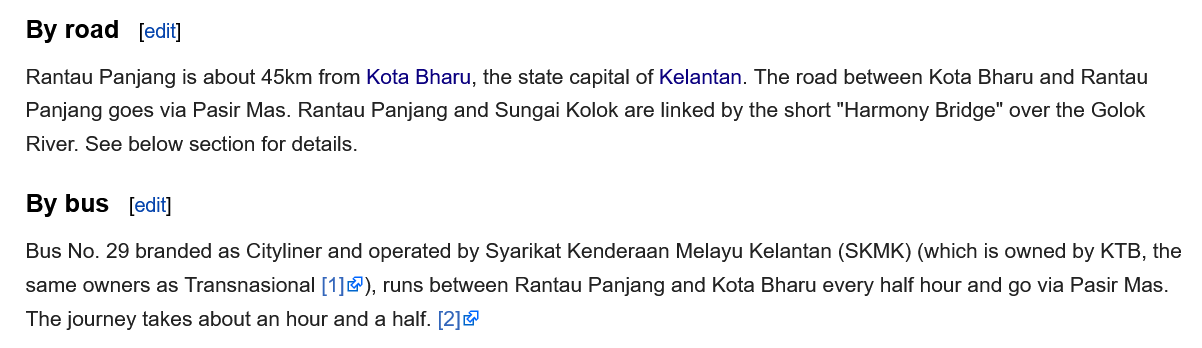
By road
   By bus
     [edit]
     [edit]
   Rantau Panjang is about 45km from Kota Bharu, the state capital of Kelantan. The road between Kota Bharu and Rantau
   Panjang goes via Pasir Mas. Rantau Panjang and Sungai Kolok are linked by the short "Harmony Bridge" over the Golok
   River. See below section for details.
   Bus No. 29 branded as Cityliner and operated by Syarikat Kenderaan Melayu Kelantan (SKMK) (which is owned by KTB, the
   same owners as Transnasional [1]), runs between Rantau Panjang and Kota Bharu every half hour and go via Pasir Mas.
   The journey takes about an hour and a half. [2] ie